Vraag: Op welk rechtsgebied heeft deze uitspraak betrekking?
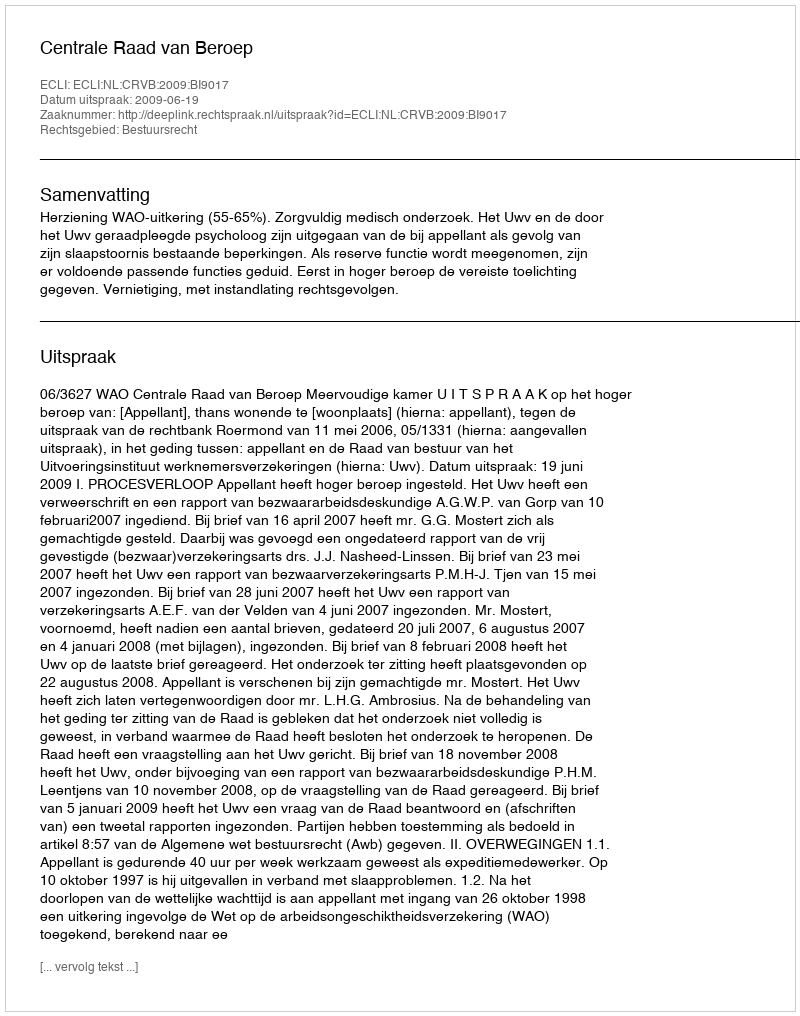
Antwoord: Bestuursrecht